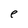
Character: e